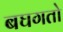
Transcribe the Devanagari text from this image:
बघगतो